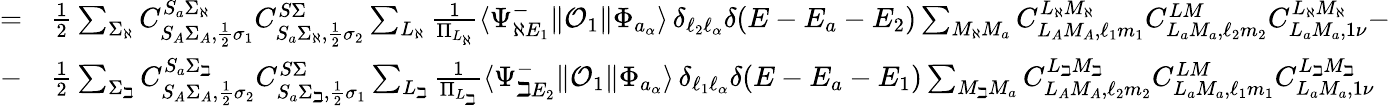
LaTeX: \begin{array}{rl}{=}&{{}\frac{1}{2}\sum_{\Sigma_{\aleph}}C_{S_{A}\Sigma_{A},\frac{1}{2}\sigma_{1}}^{S_{a}\Sigma_{\aleph}}C_{S_{a}\Sigma_{\aleph},\frac{1}{2}\sigma_{2}}^{S\Sigma}\sum_{L_{\aleph}}\frac{1}{\Pi_{L_{\aleph}}}\langle\Psi_{\aleph E_{1}}^{-}\| \mathcal{O}_{1}\| \Phi_{a_{\alpha}}\rangle\, \delta_{\ell_{2}\ell_{\alpha}}\delta(E-E_{a}-E_{2})\sum_{M_{\aleph}M_{a}}C_{L_{A}M_{A},\ell_{1}m_{1}}^{L_{\aleph}M_{\aleph}}C_{L_{a}M_{a},\ell_{2}m_{2}}^{LM}C_{L_{a}M_{a},1\nu}^{L_{\aleph}M_{\aleph}}-}\\ {-}&{{}\frac{1}{2}\sum_{\Sigma_{\beth}}C_{S_{A}\Sigma_{A},\frac{1}{2}\sigma_{2}}^{S_{a}\Sigma_{\beth}}C_{S_{a}\Sigma_{\beth},\frac{1}{2}\sigma_{1}}^{S\Sigma}\sum_{L_{\beth}}\frac{1}{\Pi_{L_{\beth}}}\langle\Psi_{\beth E_{2}}^{-}\| \mathcal{O}_{1}\| \Phi_{a_{\alpha}}\rangle\, \delta_{\ell_{1}\ell_{\alpha}}\delta(E-E_{a}-E_{1})\sum_{M_{\beth}M_{a}}C_{L_{A}M_{A},\ell_{2}m_{2}}^{L_{\beth}M_{\beth}}C_{L_{a}M_{a},\ell_{1}m_{1}}^{LM}C_{L_{a}M_{a},1\nu}^{L_{\beth}M_{\beth}}}\end{array}